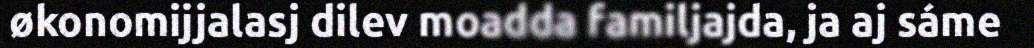
økonomijjalasj dilev moadda familjajda, ja aj sáme